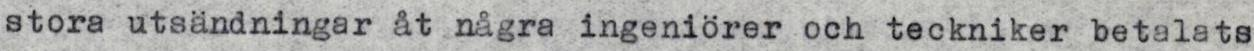
stora utsändningar åt några ingeniörer och teckniker betalats